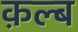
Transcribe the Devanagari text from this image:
क़ल्ब